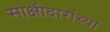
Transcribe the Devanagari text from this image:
साक्षीदारांच्या